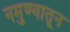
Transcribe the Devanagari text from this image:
नमुण्यातून